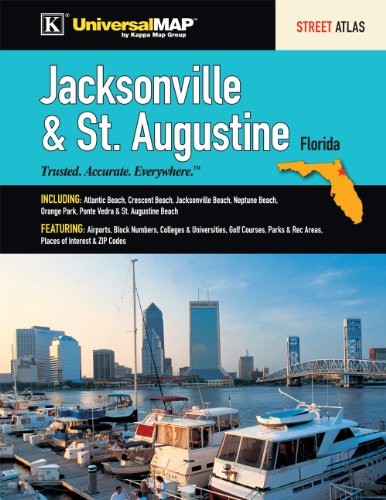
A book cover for Jacksonville & St Augustine FL Atlas; Universal Map Group; Travel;